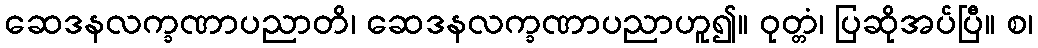
ဆေဒနလက္ခဏာပညာတိ၊ ဆေဒနလက္ခဏာပညာဟူ၍။ ဝုတ္တံ၊ ပြဆိုအပ်ပြီ။ စ၊